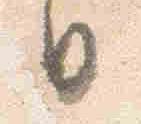
日